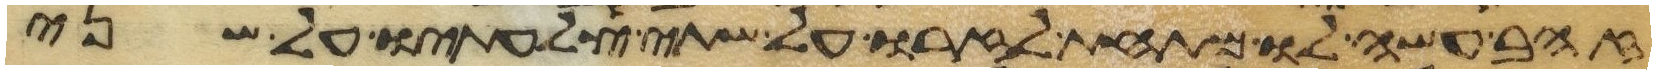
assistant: זהב עשה לו מתחת לזרו על שתי צלעתיו על שני